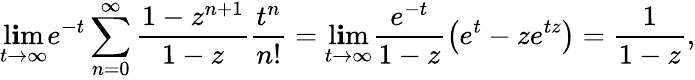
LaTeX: \operatorname*{l\mathbf{i}m}_{t\rightarrow\infty}e^{-t}\sum_{n=0}^{\infty}\frac{{1-z^{n+1}}}{{1-z}}\frac{{t^{n}}}{{n!}}=\operatorname*{l\mathbf{i}m}_{t\rightarrow\infty}\frac{{e^{-t}}}{{1-z}}\big(e^{t}-ze^{tz}\big)=\frac{{1}}{{1-z}},